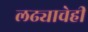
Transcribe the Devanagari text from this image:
लढ्याचेही